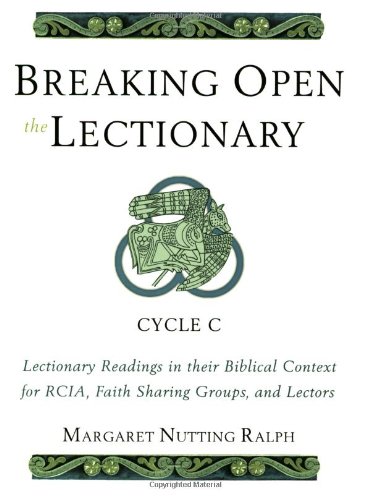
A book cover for Breaking Open the Lectionary: Lectionary Readings in their Biblical Context for RCIA, Faith Sharing Groups and Lectors - Cycle C; Margaret Nutting Ralph; Christian Books & Bibles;